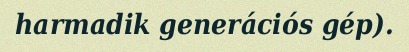
harmadik generációs gép).